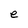
Character: e